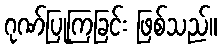
ဂုဏ်ပြုကြခြင်း ဖြစ်သည်။